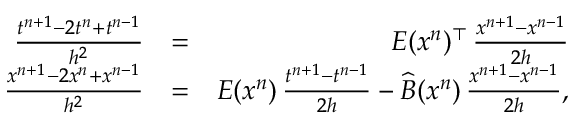
\begin{array} { r l r } { \frac { t ^ { n + 1 } - 2 t ^ { n } + t ^ { n - 1 } } { h ^ { 2 } } } & { = } & { E ( x ^ { n } ) ^ { \top } \, \frac { x ^ { n + 1 } - x ^ { n - 1 } } { 2 h } } \\ { \frac { x ^ { n + 1 } - 2 x ^ { n } + x ^ { n - 1 } } { h ^ { 2 } } } & { = } & { E ( x ^ { n } ) \, \frac { t ^ { n + 1 } - t ^ { n - 1 } } { 2 h } - \widehat B ( x ^ { n } ) \, \frac { x ^ { n + 1 } - x ^ { n - 1 } } { 2 h } , } \end{array}